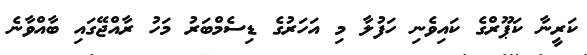
ކަރީނާ ކަޕޫރްގެ ކައިވެނި ހަފުލާ މި އަހަރުގެ ޑިސެމްބަރު މަހު ރާއްޖޭގައި ބާއްވާނެ